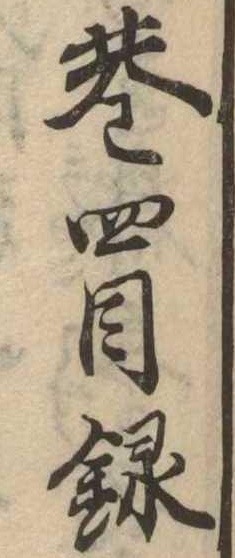
巻四目録